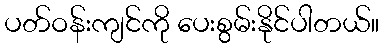
ပတ်ဝန်းကျင်ကို ပေးစွမ်းနိုင်ပါတယ်။